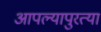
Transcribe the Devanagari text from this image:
आपल्यापुरत्या